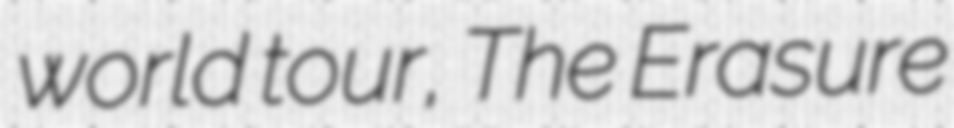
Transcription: world tour, The Erasure